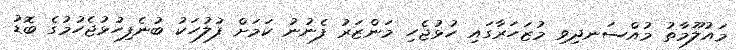
މައުލޫމާތު މުއްސަނދިވި މުޒަހަރާގައި ހުޅުޖެހި މަންޒަރު ފެނުނު ކަމަށް ފުލުހަކު ބުނެފިހުޅުޖެހުމުގެ ބޮޑު